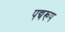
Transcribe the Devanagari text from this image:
पद्यरूप